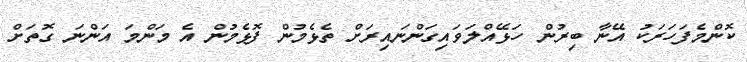
ކޮންމެފަހަރަކު އޭނާ ބިރުން ހަޅޭއްލަވައިގަންނައިރަށް ތެޅެމުން ފޮޅެމުން އެ މަންމަ އަންނަ ގޮތަށް